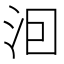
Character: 𭰊